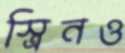
স্ত্রিনও